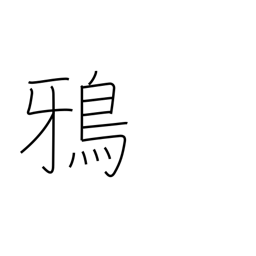
Meaning: crow